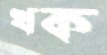
খক